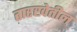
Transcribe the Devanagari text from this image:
तारखेतील